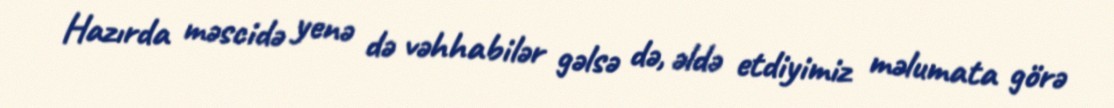
Hazırda məscidə yenə də vəhhabilər gəlsə də, əldə etdiyimiz məlumata görə